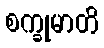
စက္ခုမာတိ